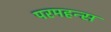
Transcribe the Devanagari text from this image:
परमहन्स